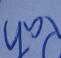
Signature authenticity: genuine